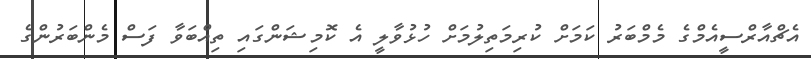
އެޗްއާރްސީއެމްގެ މެމްބަރު ކަމަށް ކުރިމަތިލުމަށް ހުޅުވާލީ އެ ކޮމިޝަންގައި ތިއްބަވާ ފަސް މެންބަރުންގެ